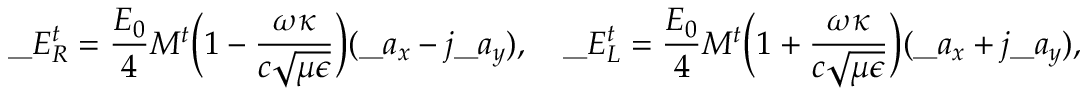
\_ E _ { \/ R } ^ { t } = { \frac { E _ { 0 } } { 4 } } M ^ { t } \Big ( 1 - { \frac { \omega \kappa } { c \sqrt { \mu \epsilon } } } \Big ) ( \_ a _ { x } - j \_ a _ { y } ) , \quad \_ E _ { \/ L } ^ { t } = { \frac { E _ { 0 } } { 4 } } M ^ { t } \Big ( 1 + { \frac { \omega \kappa } { c \sqrt { \mu \epsilon } } } \Big ) ( \_ a _ { x } + j \_ a _ { y } ) ,